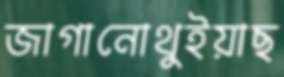
জাগানোথুইয়াছ